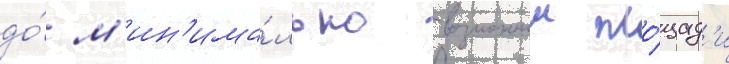
до́ м'ин'има́льно возможнои пло́щад'и